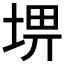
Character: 𡌸